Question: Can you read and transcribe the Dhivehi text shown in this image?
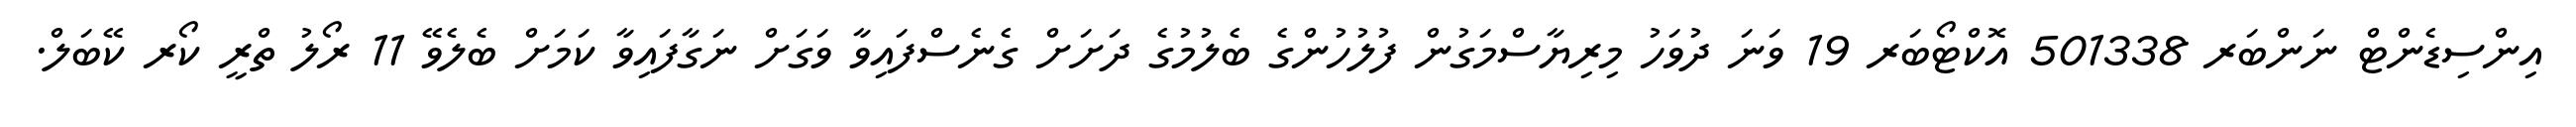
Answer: އިންސިޑެންޓް ނަންބަރ 501338 އޮކްޓޯބަރ 19 ވަނަ ދުވަހު މިރިޔާސްމަގުން ފުލުހުންގެ ބެލުމުގެ ދަށަށް ގެނެސްފައިވާ ވަގަށް ނަގާފައިވާ ކަމަށް ބެލެވޭ 11 ރޯލު ތްރީ ކޯރ ކޭބަލް.